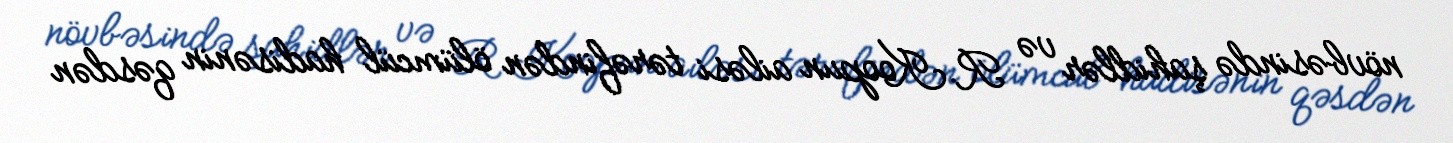
növbəsində şahidlər və R.Koopun ailəsi tərəfindən ölümcül hadisənin qəsdən